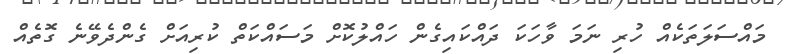
މައްސަލަތަކެއް ހުރި ނަމަ ވާހަކަ ދައްކައިގެން ހައްލުކޮށް މަސައްކަތް ކުރިއަށް ގެންދެވޭނެ ގޮތެއް